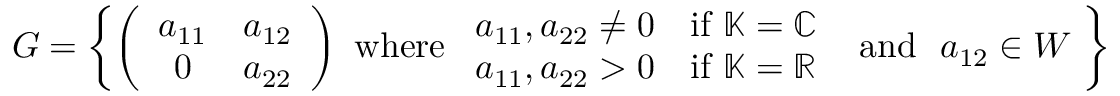
G = \left\{ \left( \begin{array} { c c } { a _ { 1 1 } } & { a _ { 1 2 } } \\ { 0 } & { a _ { 2 2 } } \end{array} \right) \ \mathrm { w h e r e } \ \begin{array} { l l } { a _ { 1 1 } , a _ { 2 2 } \neq 0 } & { \mathrm { i f } \ \mathbb { K } = \mathbb { C } } \\ { a _ { 1 1 } , a _ { 2 2 } > 0 } & { \mathrm { i f } \ \mathbb { K } = \mathbb { R } } \end{array} \ \ \mathrm { a n d } \ \ a _ { 1 2 } \in W \ \right\}